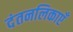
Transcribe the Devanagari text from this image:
दंतनलिकाएँ